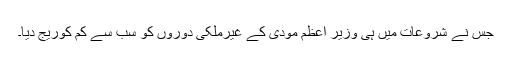
جس نے شروعات میں ہی وزیر اعظم مودی کے غیرملکی دوروں کو سب سے کم کوریج دیا۔